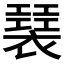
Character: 𧝣